Civil Veterinary Dept. North-West Frontier Province 1923-32 - 1923-1932
Year: 1923
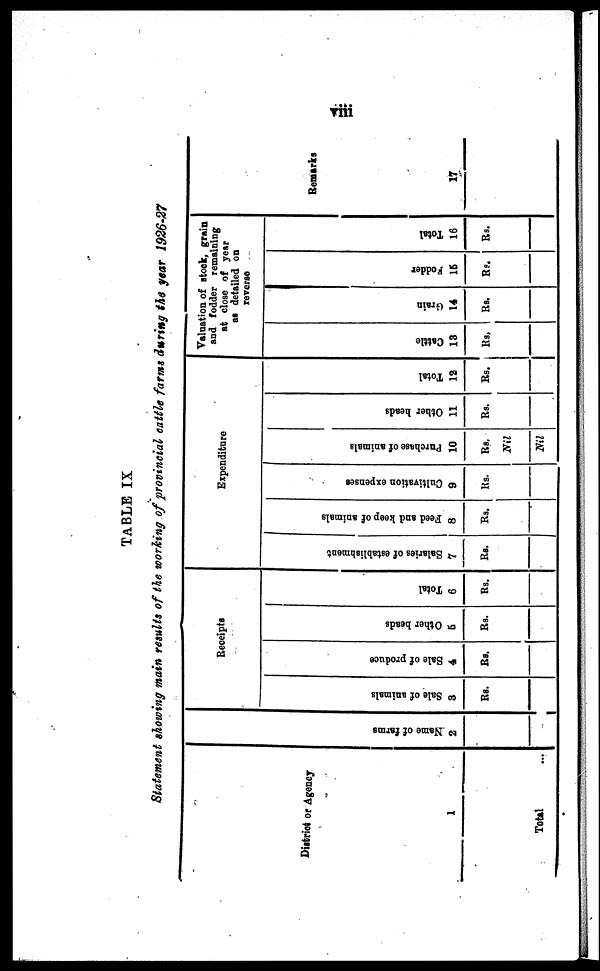
viii
TABLE IX
Statement showing main results of the working of provincial cattle farms during the year 1926-27
District or Agency
1
Total ...
Na me of f ar ms
2
Receipts
Sale of animals
3
Rs.
Sal e of produce
4
Rs.
Other beads
5
Rs.
Tot al
6
Rs.
Expenditure
Salaries of establishment
7
Rs.
Feed and keep of animals
8
Rs.
Cul t
i
vat i
on e xpe ns e s
9
Rs.
Purchase of animals
10
Rs.
Nil
Nil
Ot her heads
11
Rs.
Tot al
12
Rs.
Valuation of stock, grain
and fodder remaining
at close of year
as detailed on
reverse
Cat t l e
13
Rs.
Grain
14
Rs.
Fodder
15
Rs.
Total
16
Rs.
Remarks
17